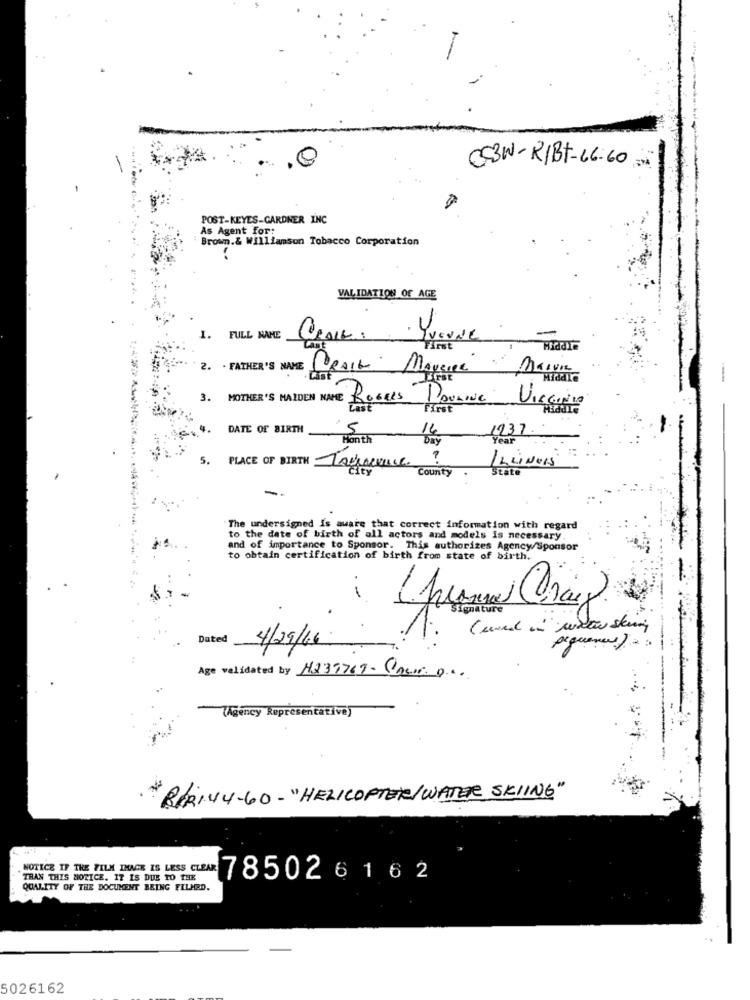
.0
C3W- RIBt-66.60
POST-KEYES-GARDNER INC
As Agent for:
Brown.& Williamson Tobacco Corporation
VALIDATION OF AGE
-
I. FULL NAME
2. . FATHER'S NAME
PourNe
3. MOTHER'S MAIDEN NAME Rosses
First
VIRGINIO
DATE OF BIRTH
5
Month
1237.
5.
?
ILLINOIS
PLACE OF BIRTH TAvieque
County
The undersigned is aware that correct information with regard
to the date of birth of all actors and models is necessary
and of importance to Sponsor. This authorizes Agency/Sponsor
to obtain certification of birth from state of birth.
---
Dated
4/29/66
pequenas ) .
Age validated by 4239769 - Couro ..
(Agency Representative)
*BIRINY-60 - "HELICOPTER/WATER SKIING"
NOTICE IF THE FILM IMAGE IS LESS CLEAR
THAN THIS HORICE. IT IS DUE TO THE
78502
6162
QUALITY OF THE DOCUMENT BEING FILMED.
5026162